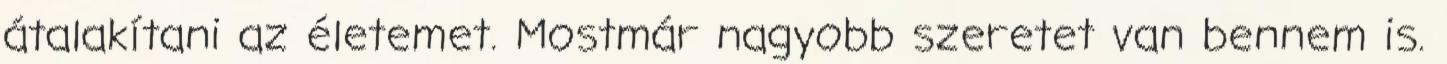
átalakítani az életemet. Mostmár nagyobb szeretet van bennem is.